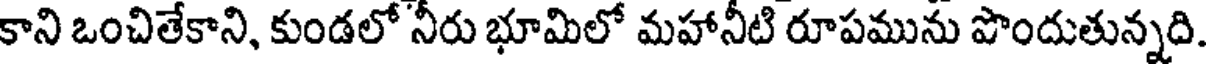
కాని ఒంచితేకాని, కుండలో నీరు భూమిలో మహానీటి రూపమును పొందుతున్నది.